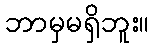
ဘာမှမရှိဘူး။